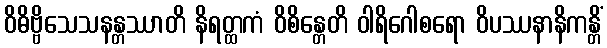
ဝိဓိဗ္ဗိသေသနန္တဿာတိ နိရတ္ထကံ ဝိစိန္တေတိ ဝါရိဂေါစရော ဝိပဿနာနိကန္တိံ